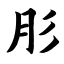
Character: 肜